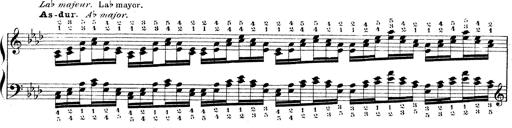
Title: Technische Studien
Composer: Franz Liszt